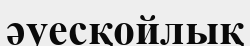
әуесқойлық